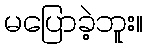
မပြောခဲ့ဘူး။